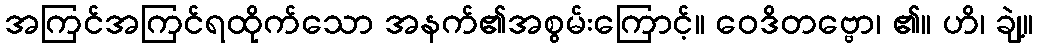
အကြင်အကြင်ရထိုက်သော အနက်၏အစွမ်းကြောင့်။ ဝေဒိတဗ္ဗော၊ ၏။ ဟိ၊ ချဲ့။